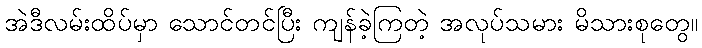
အဲဒီလမ်းထိပ်မှာ သောင်တင်ပြီး ကျန်ခဲ့ကြတဲ့ အလုပ်သမား မိသားစုတွေ။